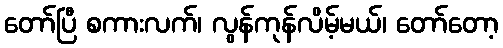
တော်ပြီ စကားလက်၊ လွန်ကုန်လိမ့်မယ်၊ တော်တော့